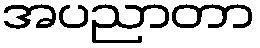
အပညာတာ